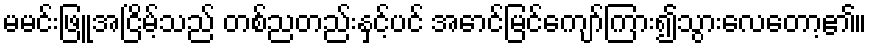
မမင်းဖြူအငြိမ့်သည် တစ်ညတည်းနှင့်ပင် အောင်မြင်ကျော်ကြား၍သွားလေတော့၏။